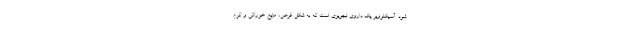
شود. آسیکلوویر یک داروی تجویزی است که به شکل قرص، مایع خوراکی و کرم